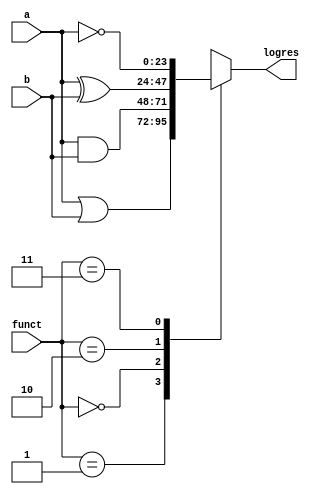
`timescale 1ns / 1ps

module logical(input[23:0]a,b,input[1:0]funct,output reg[23:0]logres);
always@(*)
begin
case(funct[1:0])
2'b01:logres=(a|b);
2'b00:logres=(a&b);
2'b10:logres=(a^b);
2'b11:logres=(~a);
endcase
end
endmodule